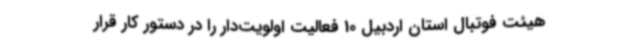
هیئت فوتبال استان اردبیل 10 فعالیت اولویت‌دار را در دستور کار قرار